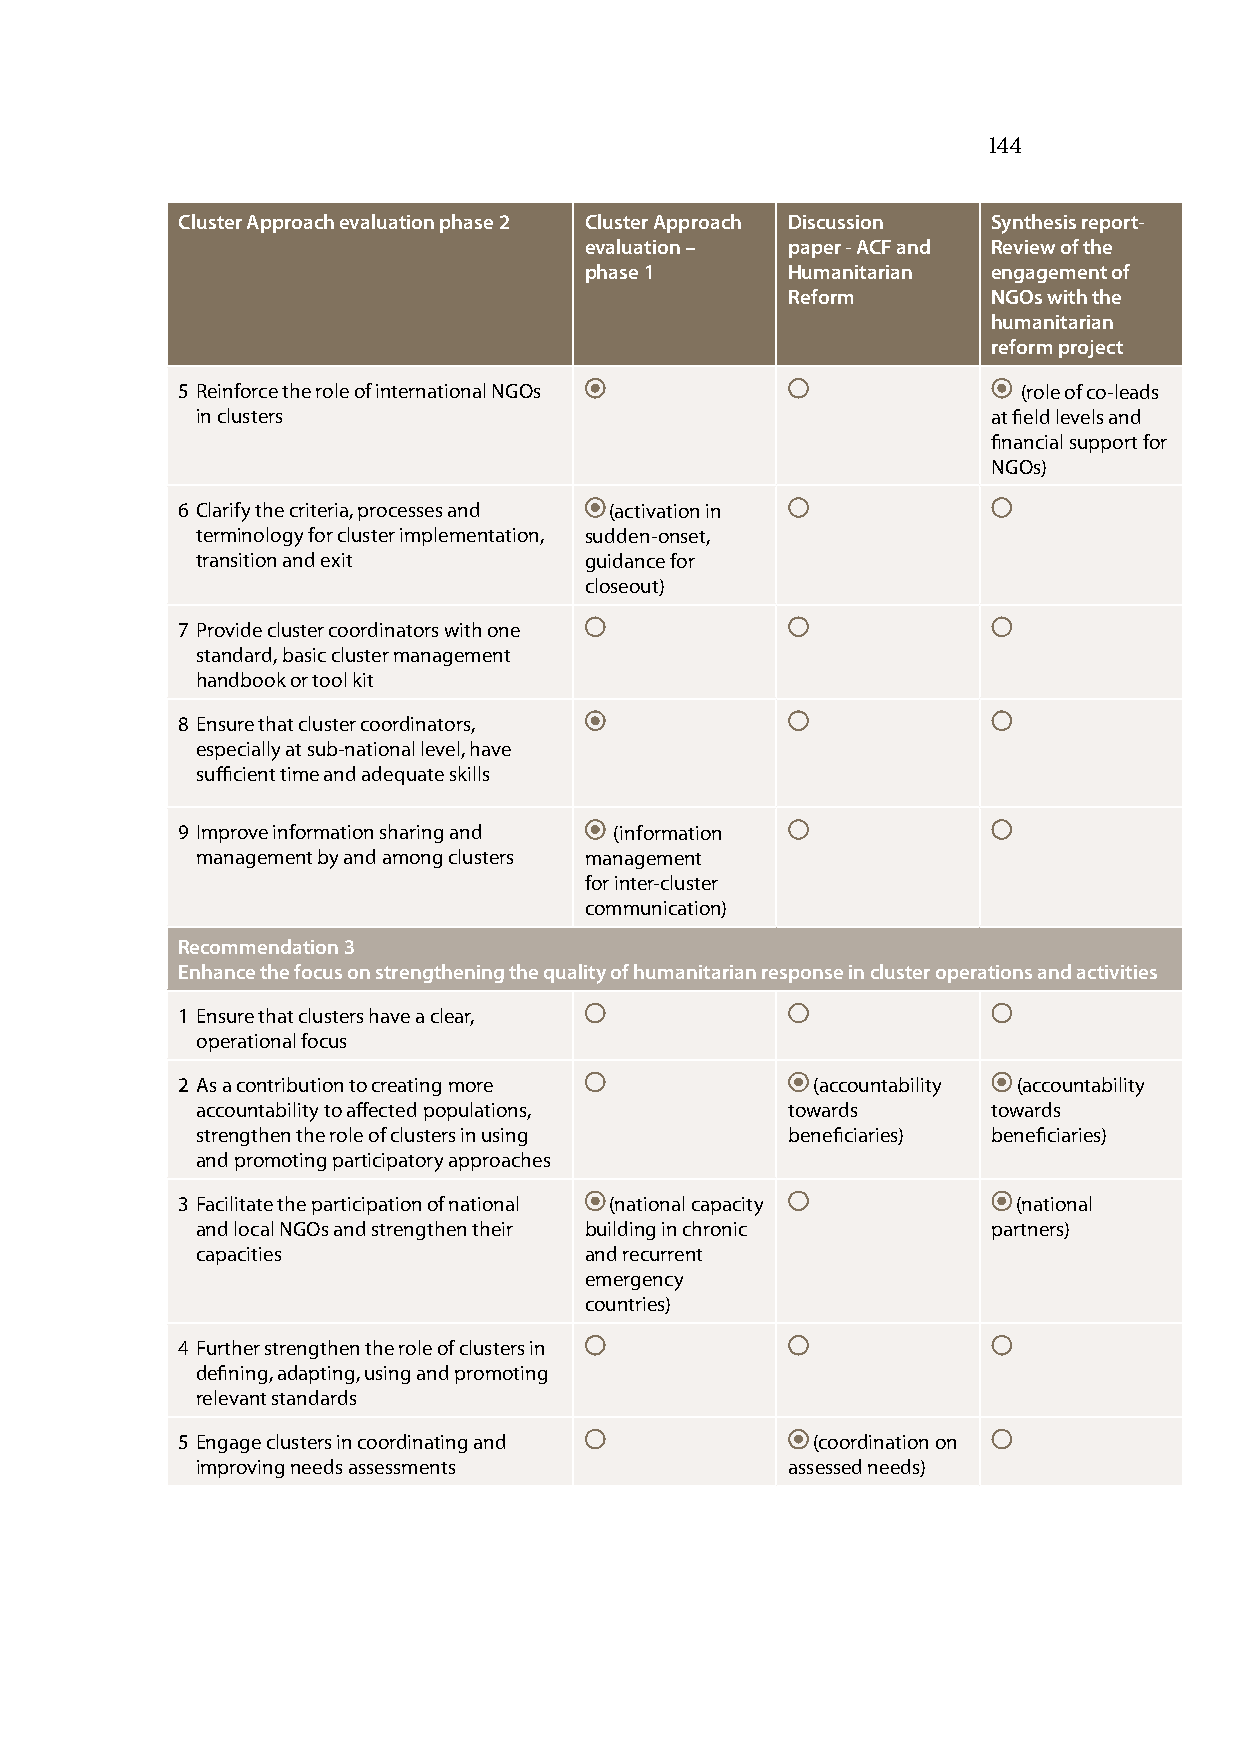
144
 Cluster Approach evaluation phase 2 Cluster Approach Discussion Synthesis report-
 evaluation – paper - ACF and Review of the
 phase 1      Humanitarian  engagement of
 Reform        NGOs with the
 humanitarian
 reform project
 5 Reinforce the role of international NGOs              (role of co-leads
 in clusters                                          at field levels and
 financial support for
 NGOs)
 6 Clarify the criteria, processes and (activation in
 terminology for cluster implementation, sudden-onset,
 transition and exit       guidance for
 closeout)
 7 Provide cluster coordinators with one
 standard, basic cluster management
 handbook or tool kit
 8 Ensure that cluster coordinators,
 especially at sub-national level, have
 sufficient time and adequate skills
 9 Improve information sharing and (information
 management by and among clusters management
 for inter-cluster
 communication)
 Recommendation 3
 Enhance the focus on strengthening the quality of humanitarian response in cluster operations and activities
 1 Ensure that clusters have a clear,
 operational focus
 2 As a contribution to creating more      (accountability (accountability
 accountability to affected populations, towards      towards
 strengthen the role of clusters in using beneficiaries) beneficiaries)
 and promoting participatory approaches
 3 Facilitate the participation of national (national capacity (national
 and local NGOs and strengthen their building in chronic partners)
 capacities                and recurrent
 emergency
 countries)
 4 Further strengthen the role of clusters in
 defining, adapting, using and promoting
 relevant standards
 5 Engage clusters in coordinating and     (coordination on
 improving needs assessments            assessed needs)